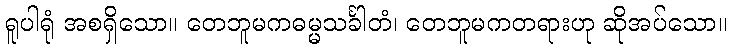
ရူပါရုံ အစရှိသော။ တေဘူမကဓမ္မသင်္ခါတံ၊ တေဘူမကတရားဟု ဆိုအပ်သော။